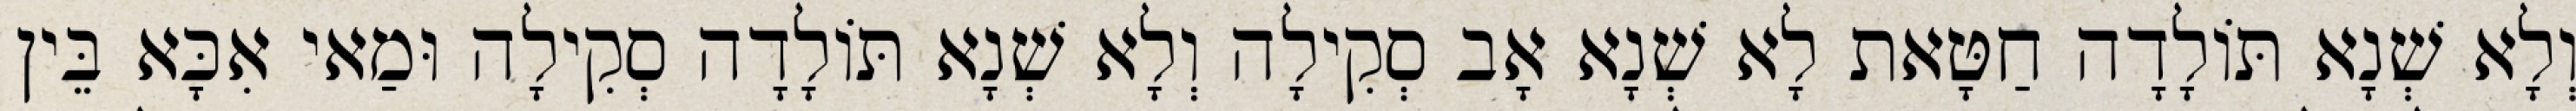
וְלָא שְׁנָא תּוֹלָדָה חַטָּאת לָא שְׁנָא אָב סְקִילָה וְלָא שְׁנָא תּוֹלָדָה סְקִילָה וּמַאי אִכָּא בֵּין